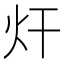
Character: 㶥